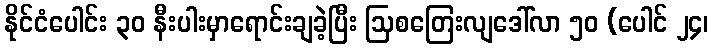
နိုင်ငံပေါင်း ၃၀ နီးပါးမှာရောင်းချခဲ့ပြီး ဩစတြေးလျဒေါ်လာ ၅၀ (ပေါင် ၂၄၊